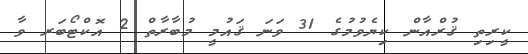
ކީރިތި ޤުރްއާން ކިޔެވުމުގެ 31 ވަނަ ޤައުމީ މުބާރާތް 2 އޮކްޓޯބަރ ވާ